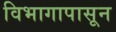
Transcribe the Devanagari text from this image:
विभागापासून